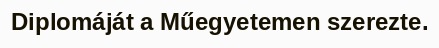
Diplomáját a Műegyetemen szerezte.